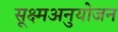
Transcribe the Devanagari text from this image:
सूक्ष्मअनुयोजन